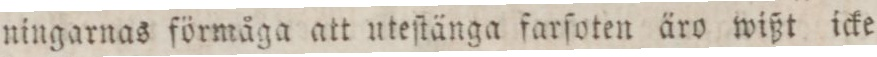
ningarnas förmåga att uteſtänga farſoten äro wißt icke